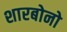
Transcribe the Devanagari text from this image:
शारबोनो